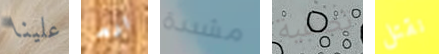
علينا ارم مشددة تصفية نقتل